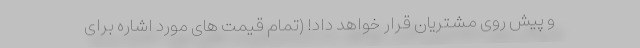
و پیش روی مشتریان قرار خواهد داد! (تمام قیمت های مورد اشاره برای